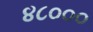
૪૮૦૦૦